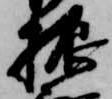
振